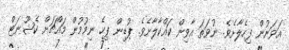
އަވަނުން ފިހެލާށެވެ. ނުވަތަ އާވިން ކައްކާލާށެވެ. ޕުޑިން ޕިހެ ނިމުމުން މައްޗަށް ކެޝޫނަޓް